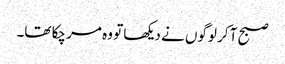
صبح آ کر لوگوں نے دیکھا تو وہ مر چکا تھا۔